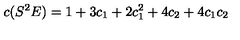
c ( S ^ { 2 } E ) = 1 + 3 c _ { 1 } + 2 c _ { 1 } ^ { 2 } + 4 c _ { 2 } + 4 c _ { 1 } c _ { 2 }